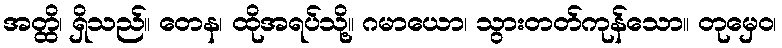
အတ္ထိ၊ ရှိသည်။ တေန၊ ထိုအရပ်သို့။ ဂမာယော၊ သွားတတ်ကုန်သော။ တုမှေဝ၊